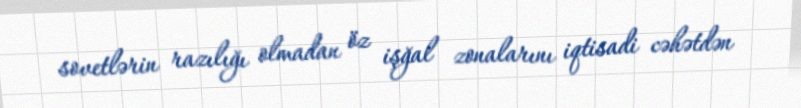
sovetlərin razılığı olmadan öz işğal zonalarını iqtisadi cəhətdən